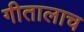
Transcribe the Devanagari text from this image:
गीतालाच